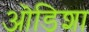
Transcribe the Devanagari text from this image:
ऒडिशा